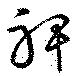
裨